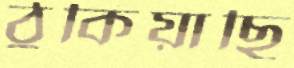
ঠুকিয়াছি